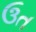
ઉત